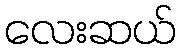
လေးဆယ်